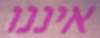
איננו